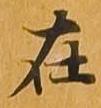
在